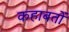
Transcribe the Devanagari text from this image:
कहाबतों